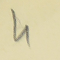
4